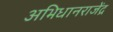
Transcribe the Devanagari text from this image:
अभिधानराजेंद्र